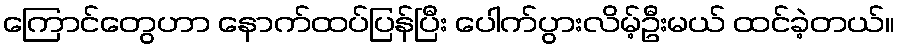
ကြောင်တွေဟာ နောက်ထပ်ပြန်ပြီး ပေါက်ပွားလိမ့်ဦးမယ် ထင်ခဲ့တယ်။